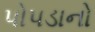
પોપડાનો